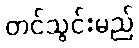
တင်သွင်းမည်